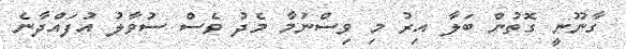
ގާނޫނީ ގޮތުން ބަލާ އިރު މި ވިސްނުމާ މެދު ވެސް ސުވާލު އުފައްދާނެ